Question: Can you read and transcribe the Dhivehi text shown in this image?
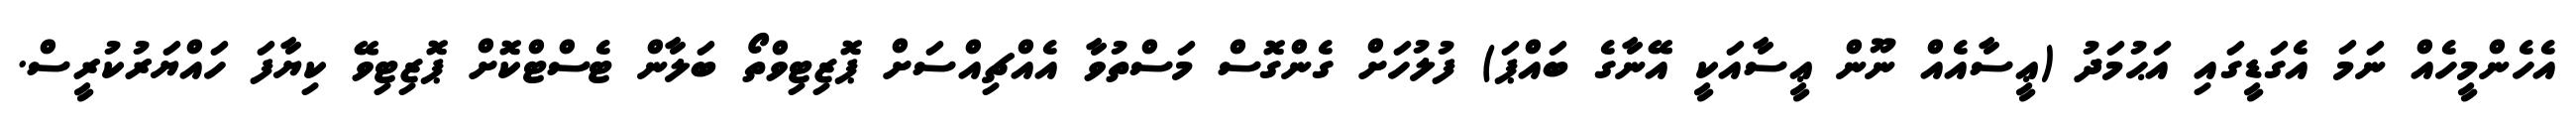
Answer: އެހެންމީހެއް ނަމަ އެގަޑީގައި އަޙުމަދު (ޢީސާއެއް ނޫން ޢީސާއަކީ އޭނާގެ ބައްޕަ) ފުލުހަށް ގެންގޮސް މަސްތުވާ އެއްޗިއްސަށް ޕޮޒިޓިވްތޯ ބަލާން ޓެސްޓްކޮށް ޕޮޒިޓިވޭ ކިޔާފަ ހައްޔަރުކުރީސް.